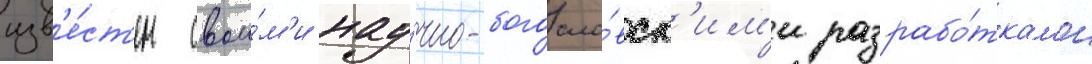
изв'е́ст'ен свои́м'и нау́чно-богосло́вск'им'и разрабо́ткам'и